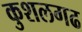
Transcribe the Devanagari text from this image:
कुशलगढ